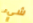
شيء